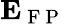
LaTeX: \textbf{E}_{\mathrm{~F~P~}}